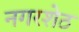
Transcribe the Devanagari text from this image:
नगरशेठ